Indian journal of veterinary science and animal husbandry - Volume 1,
Year: 1931
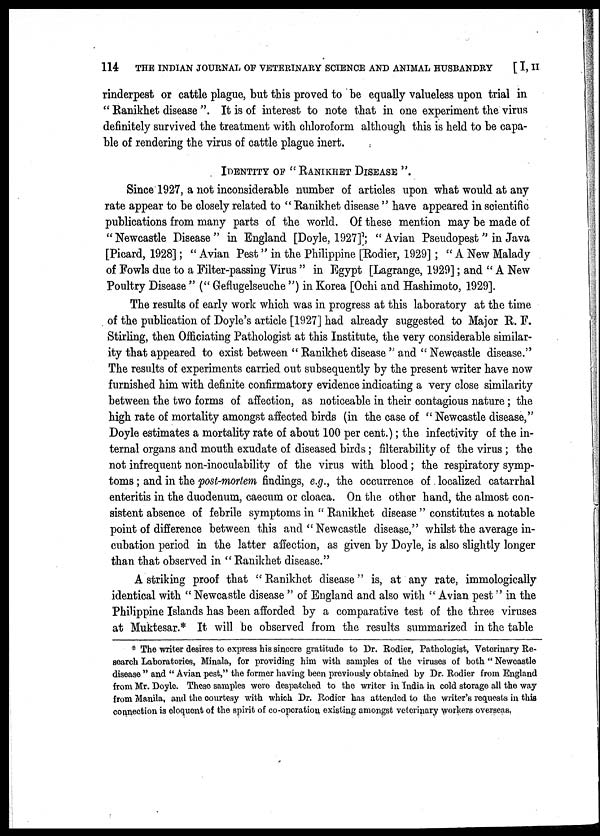
114
THE INDIAN JOURNAL OF VETERINARY SCIENCE AND ANIMAL HUSBANDRY
[ I, II
rinderpest or cattle plague, but this proved to be equally valueless upon trial in
" Ranikhet disease ". It is of interest to note that in one experiment the virus
definitely survived the treatment with chloroform although this is held to be capa-
ble of rendering the virus of cattle plague inert.
IDENTITY OF " RANIKHET DISEASE ".
Since 1927, a not inconsiderable number of articles upon what would at any
rate appear to be closely related to " Ranikhet disease " have appeared in scientific
publications from many parts of the world. Of these mention may be made of
"Newcastle Disease" in England [Doyle, 1927]; "Avian Pseudopest" in Java
[Picard, 1928]; " Avian Pest " in the Philippine [Rodier, 1929]; " A New Malady
of Fowls due to a Filter-passing Virus " in Egypt [Lagrange, 1929]; and " A New
Poultry Disease " (" Geflugelseuche ") in Korea [Ochi and Hashimoto, 1929].
The results of early work which was in progress at this laboratory at the time
of the publication of Doyle's article [1927] had already suggested to Major R. F.
Stirling, then Officiating Pathologist at this Institute, the very considerable similar-
ity that appeared to exist between " Ranikhet disease " and " Newcastle disease."
The results of experiments carried out subsequently by the present writer have now
furnished him with definite confirmatory evidence indicating a very close similarity
between the two forms of affection, as noticeable in their contagious nature; the
high rate of mortality amongst affected birds (in the case of " Newcastle disease,"
Doyle estimates a mortality rate of about 100 per cent.); the infectivity of the in-
ternal organs and mouth exudate of diseased birds ; filterability of the virus ; the
not infrequent non-inoculability of the virus with blood; the respiratory symp-
toms ; and in the post-mortem findings, e.g., the occurrence of localized catarrhal
enteritis in the duodenum, caecum or cloaca. On the other hand, the almost con-
sistent absence of febrile symptoms in " Ranikhet disease " constitutes a notable
point of difference between this and " Newcastle disease," whilst the average in-
cubation period in the latter affection, as given by Doyle, is also slightly longer
than that observed in " Ranikhet disease."
A striking proof that " Ranikhet disease " is, at any rate, immologically
identical with " Newcastle disease " of England and also with " Avian pest " in the
Philippine Islands has been afforded by a comparative test of the three viruses
at Muktesar.* It will be observed from the results summarized in the table
* The writer desires to express his sincere gratitude to Dr. Rodier, Pathologist, Veterinary Re-
search Laboratories, Minala, for providing him with samples of the viruses of both " Newcastle
disease " and " Avian pest," the former having been previously obtained by Dr. Rodier from England
from Mr. Doyle. These samples were despatched to the writer in India in cold storage all the way
from Manila, and the courtesy with which Dr. Rodier has attended to the writer's requests in this
connection is eloquent of the spirit of co-operation existing amongst veterinary workers overseas.